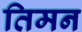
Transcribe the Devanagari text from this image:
तिमन